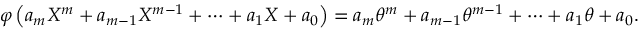
\varphi \left( a _ { m } X ^ { m } + a _ { m - 1 } X ^ { m - 1 } + \cdots + a _ { 1 } X + a _ { 0 } \right) = a _ { m } \theta ^ { m } + a _ { m - 1 } \theta ^ { m - 1 } + \cdots + a _ { 1 } \theta + a _ { 0 } .